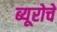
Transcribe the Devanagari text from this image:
ब्यूरोचे